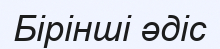
Бірінші әдіс